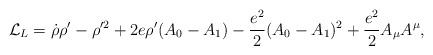
\begin{align*}{\cal L}_L=\dot \rho \rho '-\rho '^2 +2e\rho '(A_0-A_1)-{{e^2}\over 2}(A_0-A_1)^2 +{{e^2}\over 2}A_\mu A^\mu,\end{align*}